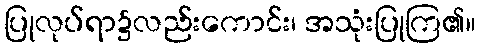
ပြုလုပ်ရာ၌လည်းကောင်း၊ အသုံးပြုကြ၏။